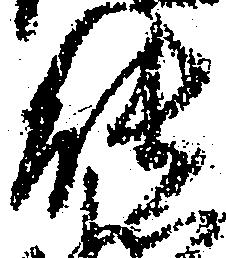
能